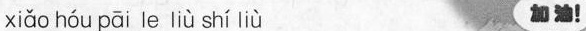
xiǎo hóu pāi le liù shí liù 加油！